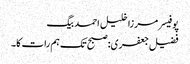
پوفیسر مرزا خلیل احمد بیگ
فضیل جعفری: صبح تک ہم رات کا۔